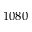
1 0 8 0